65_HS1-834228961_62-HQ-83894_Section_9
Agency: FBI
Page 23
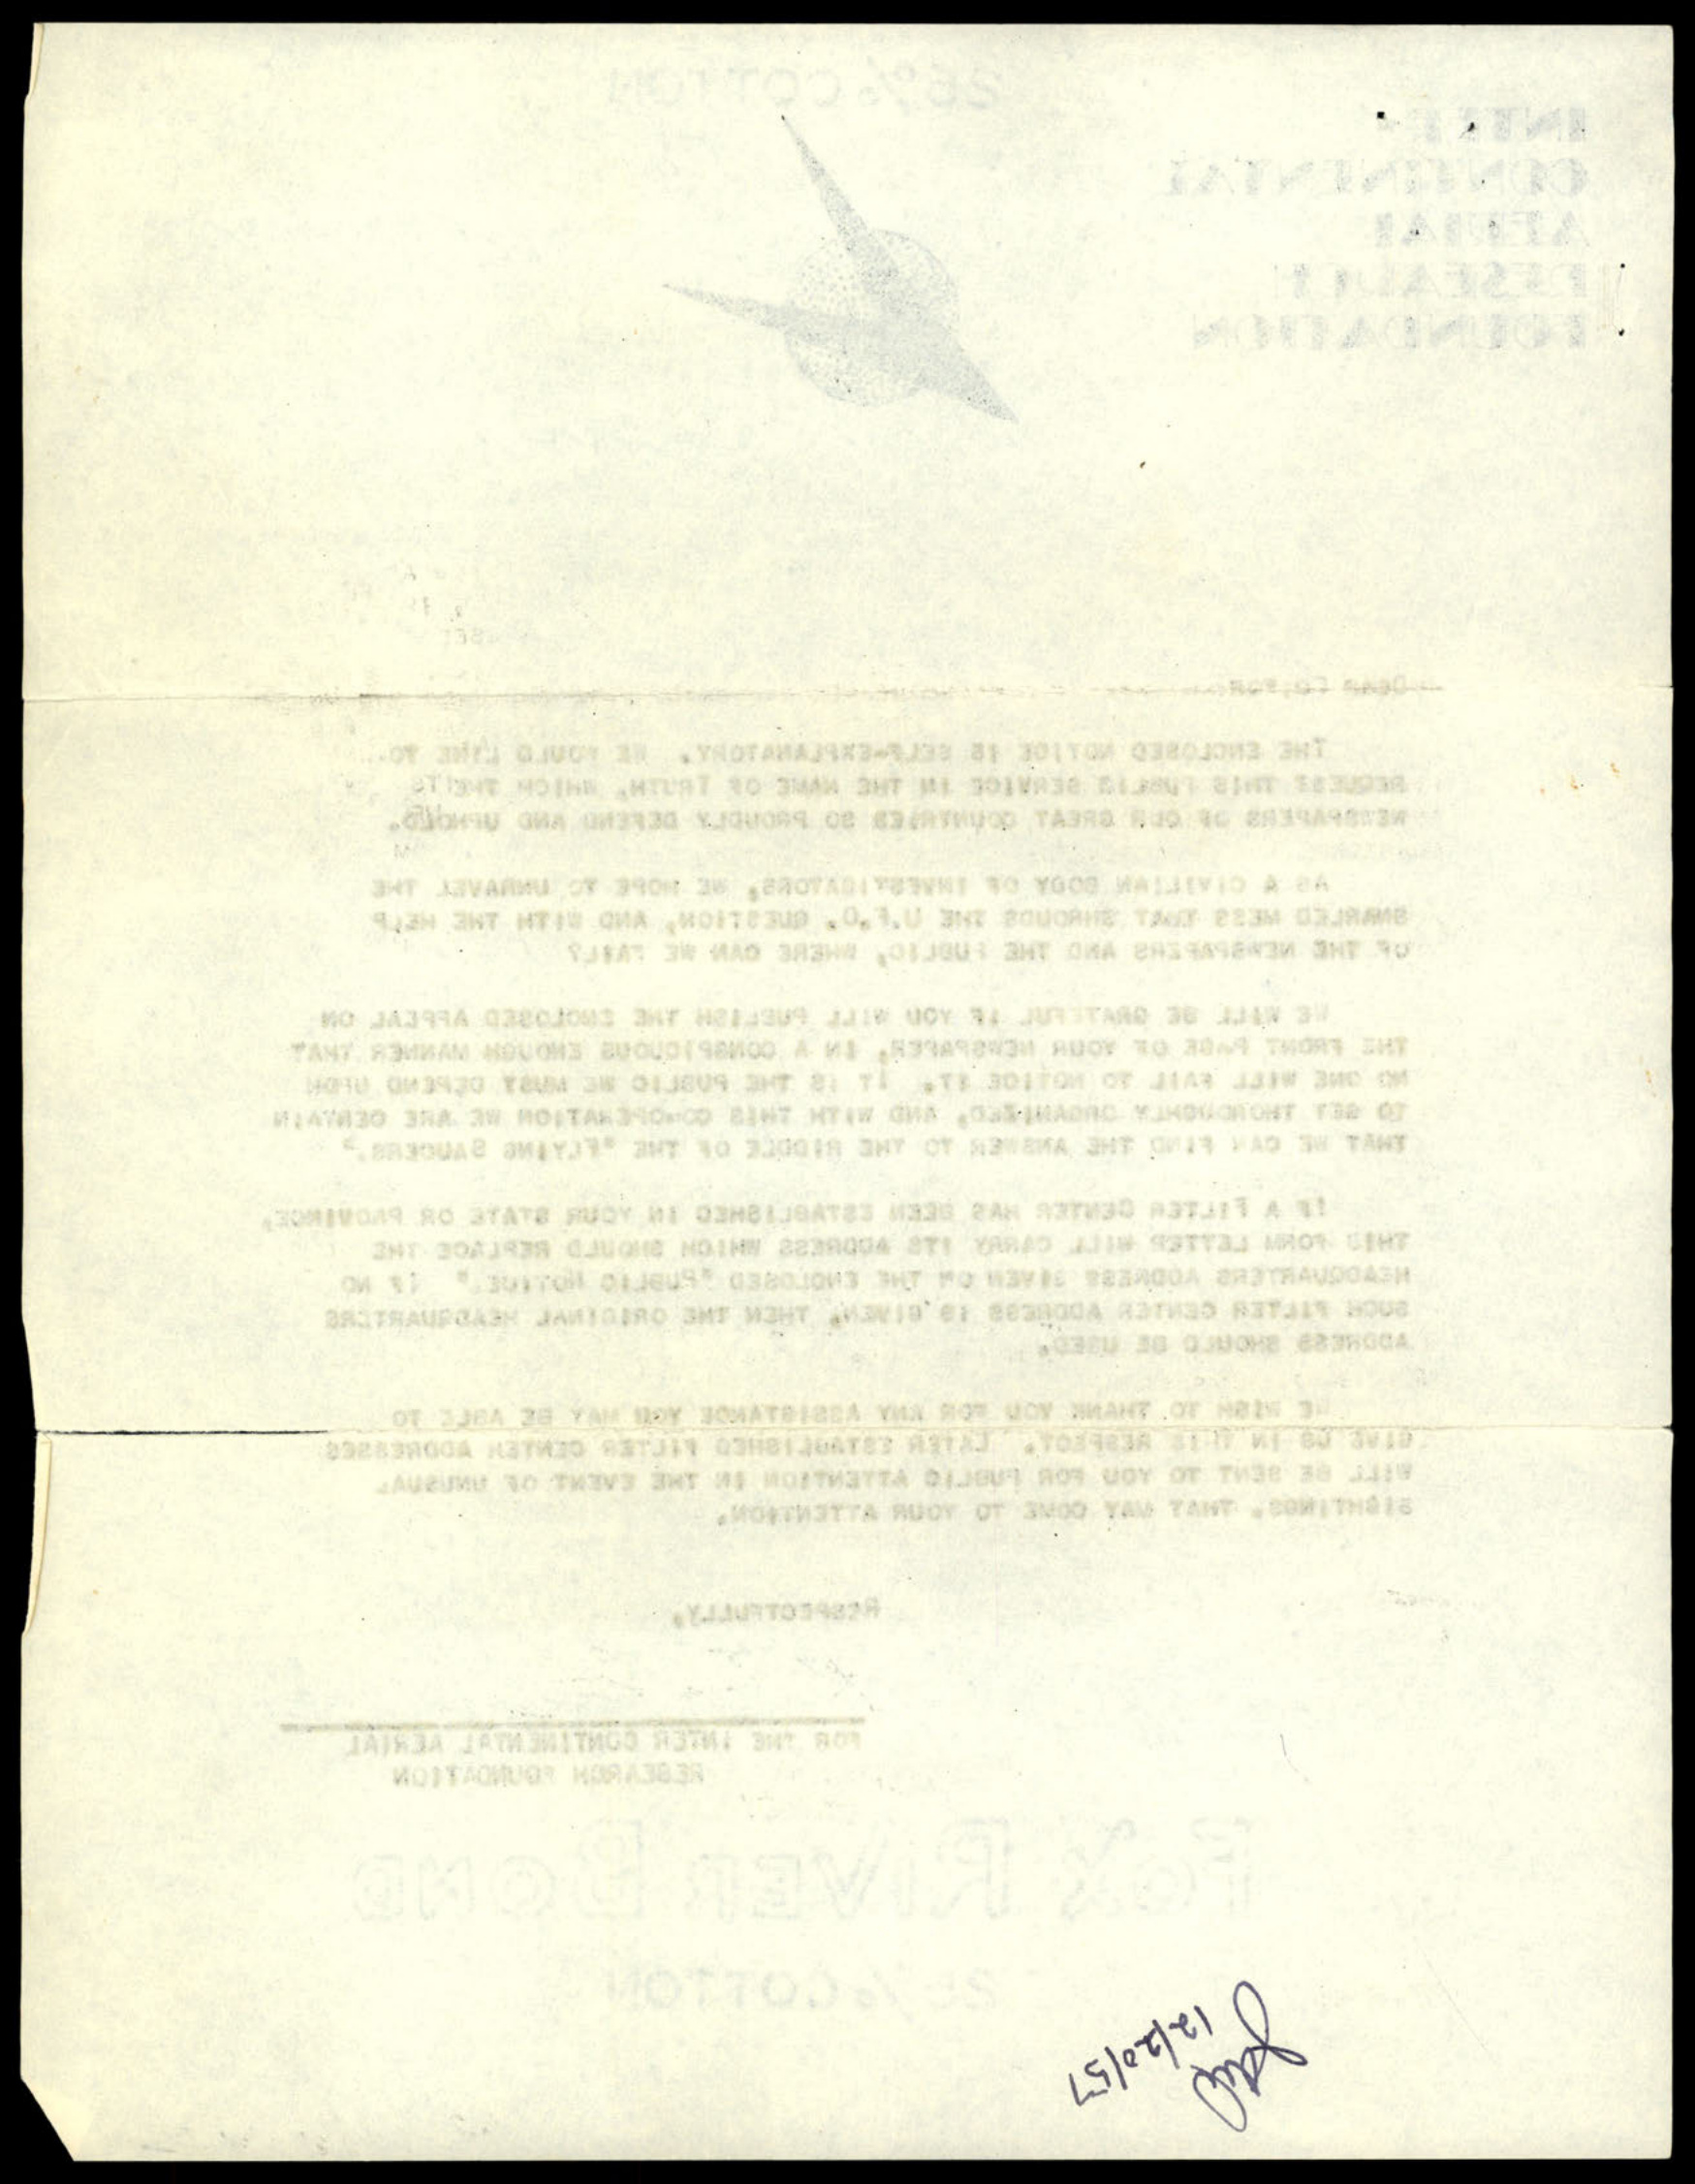